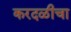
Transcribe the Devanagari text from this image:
करदळीचा